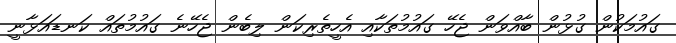
ގައުމަކުން ގުޅުން ބާއްވަން ޖެހޭ ގައުމުތަކާއި އެހީތެރިކަން ލިބެން ޖެހޭނެ ގައުމުތައް ކަނޑައަޅާނީ